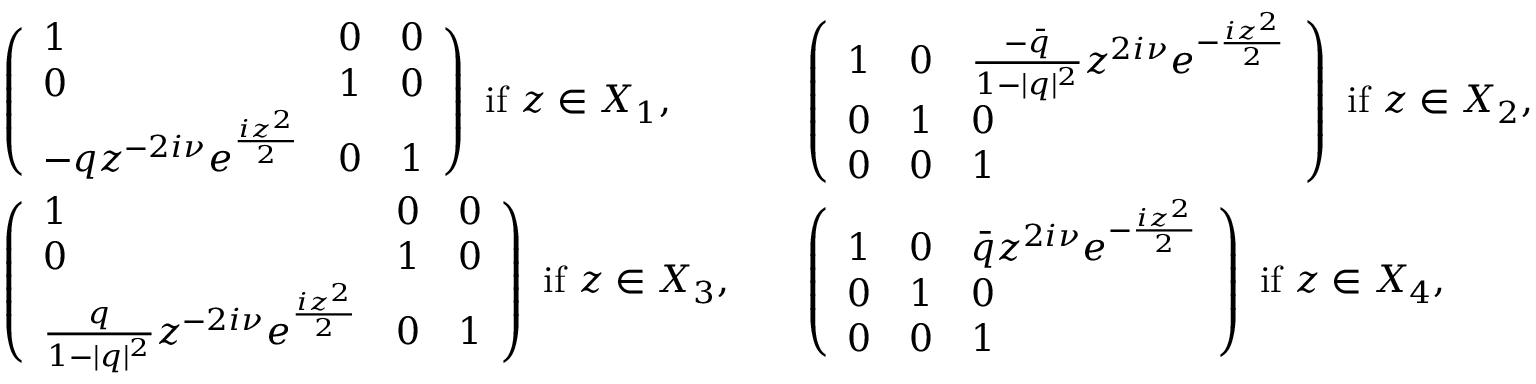
\begin{array} { r l r l } & { \left( \begin{array} { l l l } { 1 } & { 0 } & { 0 } \\ { 0 } & { 1 } & { 0 } \\ { - q z ^ { - 2 i \nu } e ^ { \frac { i z ^ { 2 } } { 2 } } } & { 0 } & { 1 } \end{array} \right) \mathrm { ~ i f ~ } z \in X _ { 1 } , } & & { \left( \begin{array} { l l l } { 1 } & { 0 } & { \frac { - \bar { q } } { 1 - | q | ^ { 2 } } z ^ { 2 i \nu } e ^ { - \frac { i z ^ { 2 } } { 2 } } } \\ { 0 } & { 1 } & { 0 } \\ { 0 } & { 0 } & { 1 } \end{array} \right) \mathrm { ~ i f ~ } z \in X _ { 2 } , } \\ & { \left( \begin{array} { l l l } { 1 } & { 0 } & { 0 } \\ { 0 } & { 1 } & { 0 } \\ { \frac { q } { 1 - | q | ^ { 2 } } z ^ { - 2 i \nu } e ^ { \frac { i z ^ { 2 } } { 2 } } } & { 0 } & { 1 } \end{array} \right) \mathrm { ~ i f ~ } z \in X _ { 3 } , } & & { \left( \begin{array} { l l l } { 1 } & { 0 } & { \bar { q } z ^ { 2 i \nu } e ^ { - \frac { i z ^ { 2 } } { 2 } } } \\ { 0 } & { 1 } & { 0 } \\ { 0 } & { 0 } & { 1 } \end{array} \right) \mathrm { ~ i f ~ } z \in X _ { 4 } , } \end{array}